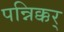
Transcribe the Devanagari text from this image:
पन्निक्कर्